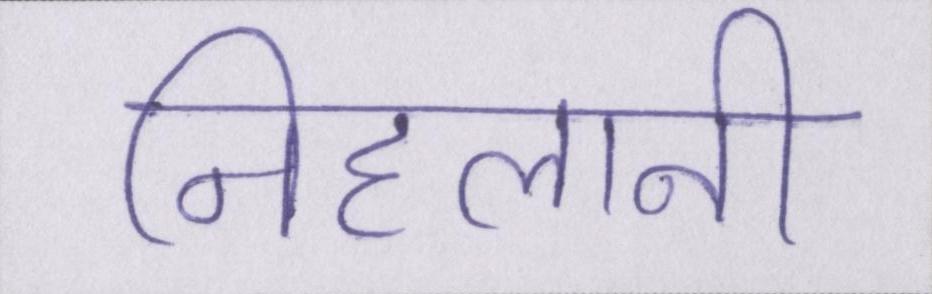
निहलानी